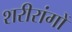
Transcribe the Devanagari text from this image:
शरीरांगों